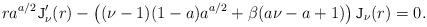
LaTeX: \begin{align*}r a^{a/2} \mathtt{J}'_\nu(r)-\left( (\nu-1)(1-a)a^{a/2}+\beta(a \nu-a+1)\right) \mathtt{J}_\nu(r)=0.\end{align*}